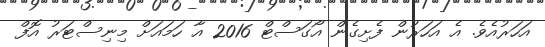
އަހަރުއެވެ. އެ އަހަރުން ފެށިގެން އޯގަސްޓް 2016 އާ ހަމައަށް މިނިސްޓަރު އޮފް